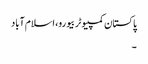
پاکستان کمپیوٹر بیورو، اسلام آباد
۔